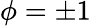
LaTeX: \phi=\pm 1